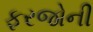
ફરજોની